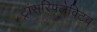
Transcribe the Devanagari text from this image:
ट्रांसरिफ्लेक्टिव